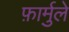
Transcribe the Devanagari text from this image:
फ़ार्मुले